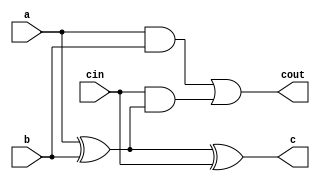


module  adder (
    input   a,
            b,
            cin, 
    output  c, 
            cout
            );
    
assign c = ((a^b) ^ (cin));
assign cout = ((a & b) | (cin & (a^b)));

endmodule